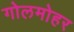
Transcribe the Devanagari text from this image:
गोलमोहर